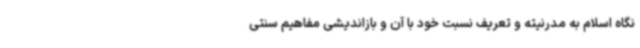
نگاه اسلام به مدرنیته و تعریف نسبت خود با آن و بازاندیشی مفاهیم سنتی